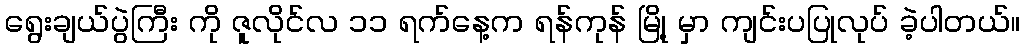
ရွေးချယ်ပွဲကြီး ကို ဇူလိုင်လ ၁၁ ရက်နေ့က ရန်ကုန် မြို့ မှာ ကျင်းပပြုလုပ် ခဲ့ပါတယ်။